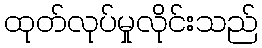
ထုတ်လုပ်မှုလိုင်းသည်